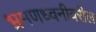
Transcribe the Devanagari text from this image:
भ्रमणध्वनीवरील